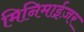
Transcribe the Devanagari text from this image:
मिनिमाईज़र